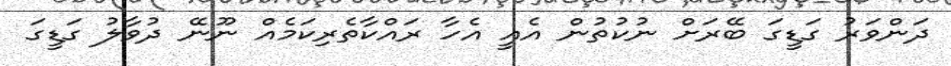
ދަންވަރު ގަޑީގަ ބޭރަށް ނުކުތުން އެއީ އެހާ ރައްކާތެރިކަމެއް ނޫނޭ ދުވާލު ގަޑީގަ